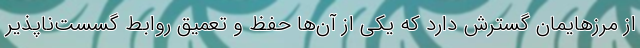
از مرزهایمان گسترش دارد که یکی از آن‌ها حفظ و تعمیق روابط گسست‌ناپذیر